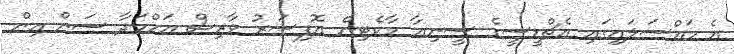
އެ މައްސަލައިގައި އެޗްޑީސީގެ ސީނިއާ މާކެޓިން އޮފިސަރު ވާރިސް އަހްމަދާ ސަން އިން